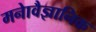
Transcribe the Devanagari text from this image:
मनाेवैज्ञानिक